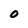
Character: O